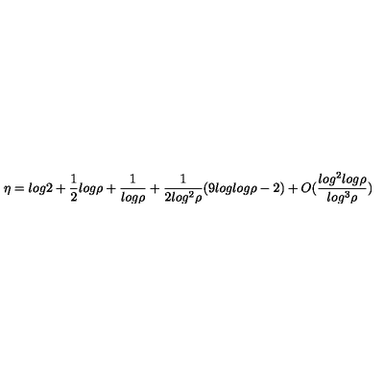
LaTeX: \eta = l o g 2 + \frac { 1 } { 2 } l o g \rho + \frac { 1 } { l o g \rho } + \frac { 1 } { 2 l o g ^ { 2 } \rho } ( 9 l o g l o g \rho - 2 ) + O ( \frac { l o g ^ { 2 } l o g \rho } { l o g ^ { 3 } \rho } )